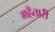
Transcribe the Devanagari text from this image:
महँतारी